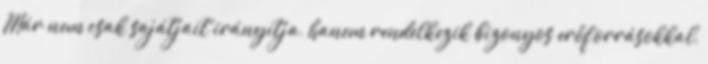
Már nem csak sajátjait irányítja, hanem rendelkezik bizonyos erőforrásokkal,